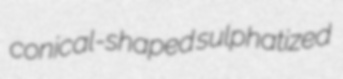
conical-shaped sulphatized